Vaccination in Bombay 1869-1873 - 1869-1873
Year: 1869
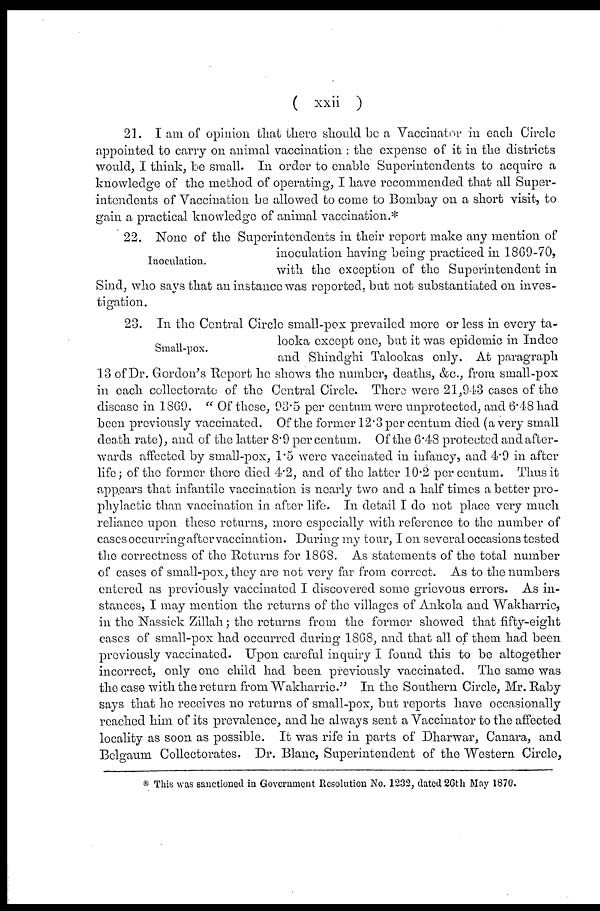
( xxii )
21. I am of opinion that there should be a Vaccinator in each Circle
appointed to carry on animal vaccination : the expense of it in the districts
would, I think, be small. In order to enable Superintendents to acquire a
knowledge of the method of operating, I have recommended that all Super-
intendents of Vaccination be allowed to come to Bombay on a short visit, to
gain a practical knowledge of animal vaccination.*
Inoculation.
22. None of the Superintendents in their report make any mention of
inoculation having being practiced in 1869-70,
with the exception of the Superintendent in
Sind, who says that an instance was reported, but not substantiated on inves-
tigation.
Small-pox.
23. In the Central Circle small-pox prevailed more or less in every ta-
looka except one, but it was epidemic in Indee
and Shindghi Talookas only. At paragraph
13 of Dr. Gordon's Report he shows the number, deaths, &c., from small-pox
in each collectorate of the Central Circle. There were 21,943 cases of the
disease in 1869. " Of these, 93.5 per centum were unprotected, and 6.48 had
been previously vaccinated. Of the former 12.3 per centum died (a very small
death rate), and of the latter 8.9 per centum. Of the 6.48 protected and after-
wards affected by small-pox, 1.5 were vaccinated in infancy, and 4.9 in after
life; of the former there died 4.2, and of the latter 10.2 per centum. Thus it
appears that infantile vaccination is nearly two and a half times a better pro-
phylactic than vaccination in after life. In detail I do not place very much
reliance upon these returns, more especially with reference to the number of
cases occurring after vaccination. During my tour, I on several occasions tested
the correctness of the Returns for 1868. As statements of the total number
of cases of small-pox, they are not very far from correct. As to the numbers
entered as previously vaccinated I discovered some grievous errors. As in-
stances, I may mention the returns of the villages of Ankola and Wakharrie,
in the Nassick Zillah ; the returns from the former showed that fifty-eight
cases of small-pox had occurred during 1868, and that all of them had been
previously vaccinated. Upon careful inquiry I found this to be altogether
incorrect, only one child had been previously vaccinated. The same was
the case with the return from Wakharrie." In the Southern Circle, Mr. Raby
says that he receives no returns of small-pox, but reports have occasionally
reached him of its prevalence, and he always sent a Vaccinator to the affected
locality as soon as possible. It was rife in parts of Dharwar, Canara, and
Belgaum Collectorates. Dr. Blanc, Superintendent of the Western Circle,
* This was sanctioned in Government Resolution No. 1232, dated 26th May 1870.